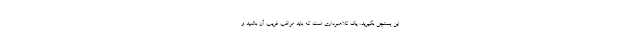
این پستچی بگیرید، یک کلاهبرداری است که باید مراقب فریب آن باشید و